Annual statistical returns and brief notes on vaccination in Bengal - 1909-1929
Year: 1909
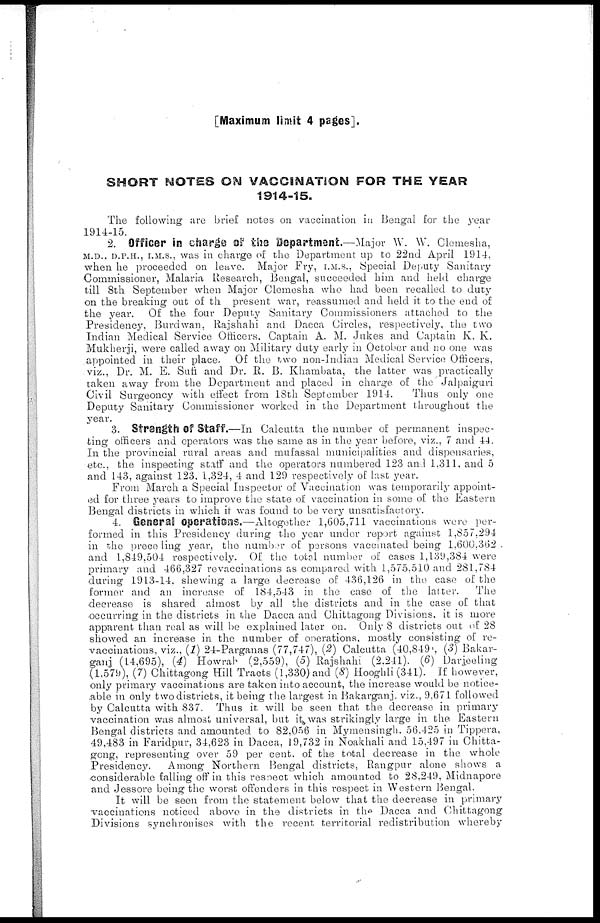
[Maximum limit 4 pages].
SHORT NOTES ON VACCINATION FOR THE YEAR
1914-15.
The following are brief notes on vaccination in Bengal for the year
1914-15.
2. Officer in charge of the Department.—Major W. W. Clemesha,
M.D., D.P.H., I.M.S., was in charge of the Department up to 22nd April 1914,
when he proceeded on leave. Major Fry, I.M.S., Special Deputy Sanitary
Commissioner, Malaria Research, Bengal, succeeded him and held charge
till 8th September when Major Clemesha who had been recalled to duty
on the breaking out of the present war, reassumed and held it to the end of
the year. Of the four Deputy Sanitary Commissioners attached to the
Presidency, Burdwan, Rajshahi and Dacca Circles, respectively, the two
Indian Medical Service Officers, Captain A. M. Jukes and Captain K. K.
Mukherji, were called away on Military duty early in October and no one was
appointed in their place. Of the two non-Indian Medical Service Officers,
viz., Dr. M. E. Sufi and Dr. R. B. Khambata, the latter was practically
taken away from the Department and placed in charge of the Jalpaiguri
Civil Surgeoncy with effect from 18th September 1914.
Thus only one
Deputy Sanitary Commissioner worked in the Department throughout the
year.
3. Strength of Staff.—In Calcutta the number of permanent inspec-
ting officers and operators was the same as in the year before, viz., 7 and 44.
In the provincial rural areas and mufassal municipalities and dispensaries,
etc., the inspecting staff and the operators numbered 123 and 1,311, and 5
and 143, against 123. 1,324, 4 and 129 respectively of last year.
From March a Special Inspector of Vaccination was temporarily appoint-
ed for three years to improve the state of vaccination in some of the Eastern
Bengal districts in which it was found to be very unsatisfactory.
4. General Operations.—Altogether 1,605,711 vaccinations were per-
formed in this Presidency during the year under report against 1,857,294
in the prece ling year, the number of persons vaccinated being 1,600,362
and 1,849,504 respectively. Of the total number of cases 1,139,384 were
primary and 466,327 revaccinations as compared with 1,575,510 and 281,784
during 1913-14, shewing a large decrease of 436,126 in the case of the
former and an increase of 184,543 in the case of the latter.
The
decrease is shared almost by all the districts and in the case of that
occurring in the districts in the Dacca and Chittagong Divisions, it is more
apparent than real as will be explained later on. Only 8 districts out of 28
showed an increase in the number of operations, mostly consisting of re-
vaccinations, viz., (1) 24-Parganas (77,747), (2) Calcutta (40,849), (3) Bakar-
ganj (14,695), (4) Howrah (2,559), (5) Rajshahi (2,241). (6) Darjeeling
(1,579), (7) Chittagong Hill Tracts (1,330) and (8) Hooghli (341). If however,
only primary vaccinations are taken into account, the increase would be notice¬
able in only two districts, it being the largest in Bakarganj. viz., 9,671 followed
by Calcutta with 837. Thus it will be seen that the decrease in primary
vaccination was almost universal, but it was strikingly large in the Eastern
Bengal districts and amounted to 82.056 in Mymensingh. 56,425 in Tippera,
49,483 in Faridpur, 34,623 in Dacca, 19,732 in Noakhali and 15,497 in Chitta-
gong, representing over 59 per cent. of the total decrease in the whole
Presidency.
Among Northern Bengal districts, Rangpur alone shows a
considerable falling off in this respect which amounted to 28,249, Midnapore
and Jessore being the worst offenders in this respect in Western Bengal.
It will be seen from the statement below that the decrease in primary
vaccinations noticed above in the districts in the Dacca and Chittagong
Divisions synchronises with the recent territorial redistribution whereby